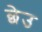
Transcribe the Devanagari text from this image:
छेउ